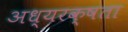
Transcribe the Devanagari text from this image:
अध्यरक्षता